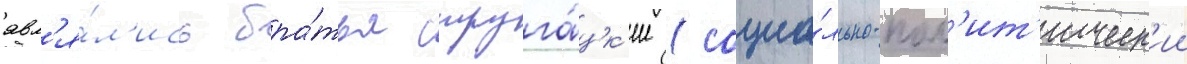
явл'я́л'ись бра́тья струга́цк'ие (социа́льно-пол'ит'ическ'ии